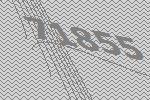
71855